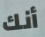
أنك